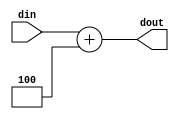
module add4 (din, dout);
input [31:0] din;
output [31:0] dout;

assign dout = din + 4;
endmodule